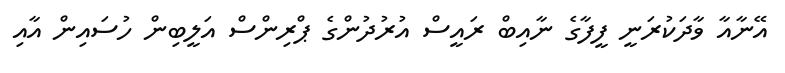
އޭނާއާ ވާދަކުރަނީ ފީފާގެ ނާއިބް ރައީސް އުރުދުންގެ ޕްރިންސް އަލީބިން ހުސައިން އާއި